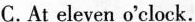
C.At eleven o'clock.